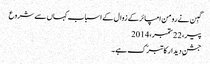
گبِن نے رومن امپائر کے زوال کے اسباب کہاں سے شروع
پیر، 22 ستمبر، 2014
جشنِ دیدار کا تبرّک ہے ۔